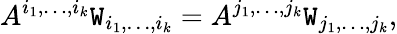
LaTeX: A^{i_{1},\dots,i_{k}}\mathtt{W}_{i_{1},\dots,i_{k}}=A^{j_{1},\dots,j_{k}}\mathtt{W}_{j_{1},\dots,j_{k}},